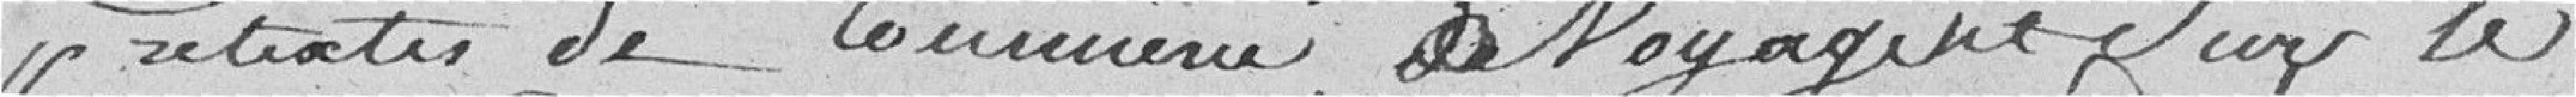
prétextes de commerce, de voyage et sur les